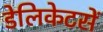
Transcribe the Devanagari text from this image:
डेलिकेटसें